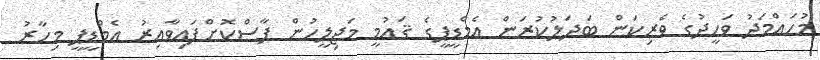
މުހައްމަދު ވަހީދުގެ ވެރިކަން ބަދަލުކުރަން އެމްޑީޕީގެ ޤައުމީ މަޖިލީހުން ފާސްކޮށްފައިވާއިރު އެމްޑީޕީ މިހާރު